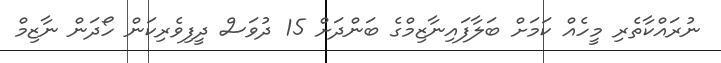
ނުރައްކާތެރި މީހެއް ކަމަށް ބަލާފައިނާޒިމްގެ ބަންދަށް 15 ދުވަސް ދީފިވެރިކަން ހޯދަން ނާޒިމް